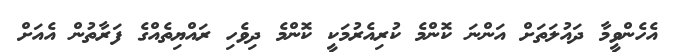
އެހެންވީމާ ދައުލަތަށް އަންނަ ކޮންމެ ކުރިއެރުމަކީ ކޮންމެ ދިވެހި ރައްޔިތެއްގެ ފަރާތުން އެއަށް